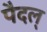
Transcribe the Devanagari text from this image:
पैदल्